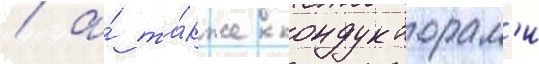
/ а́ та́кже кондукторам'и